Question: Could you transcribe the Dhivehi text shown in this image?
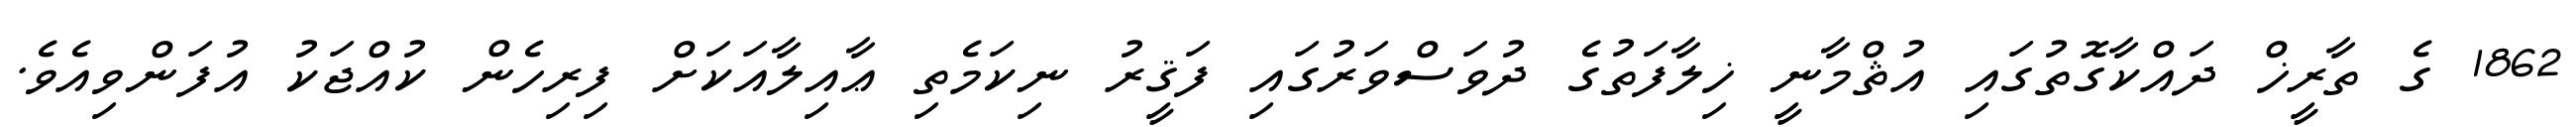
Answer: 1862 ގެ ތާރީޚް ދައްކާގޮތުގައި އުޘްމާނީ ޚިލާފަތުގެ ދުވަސްވަރުގައި ފަޤީރު ނިކަމެތި ޢާއިލާއަކަށް ފިރިހެން ކުއްޖަކު އުފަންވިއެވެ.